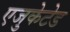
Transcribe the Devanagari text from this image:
एजुकेटेड